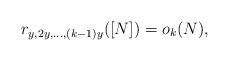
LaTeX: \begin{align*}r_{y,2y,\dots,(k-1)y}([N])=o_{k}(N),\end{align*}